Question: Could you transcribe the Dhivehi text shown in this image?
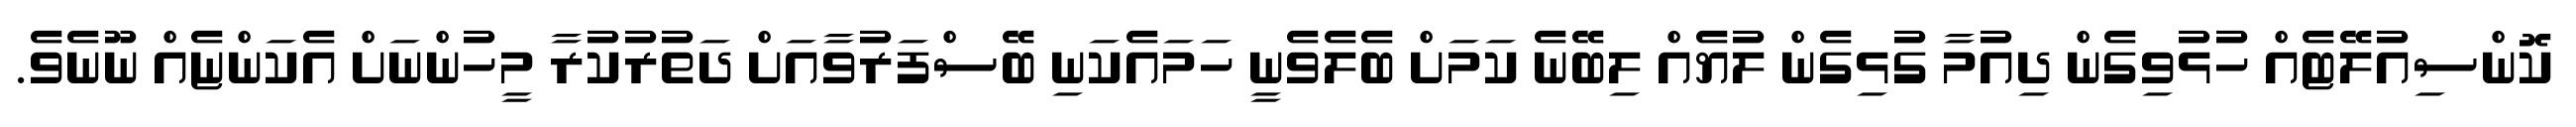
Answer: ކޮންސިއުލޭޓެއް ހުޅުވިގެން ދިއުމާ ގުޅިގެން ލުޔެއް ލިބޭނެ ކަމަށް ބެލެވެނީ ހަމައެކަނި ބޭސްފަރުވާއަށް ދަތުރުކުރާ މީހުންނަށް އެކަންޏެއް ނޫނެވެ.